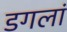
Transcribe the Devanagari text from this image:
डगलां